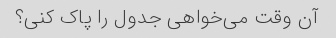
آن وقت می‌خواهی جدول را پاک کنی؟